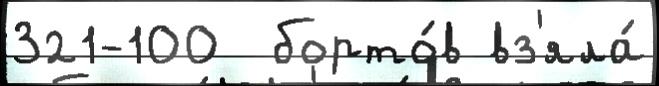
321-100  борто́в вз'яла́